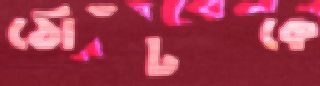
ঠোঁটকে